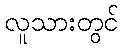
လူသားတွင်